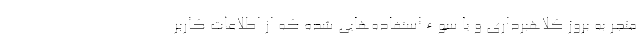
منجر به بروز کلاهبرداری و یا سوءاستفاده‌هایی شده که از اطلاعات کاربر